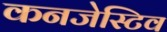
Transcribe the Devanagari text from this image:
कनजेस्टिव